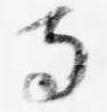
寺